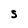
Character: S